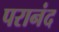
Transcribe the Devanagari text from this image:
परानंद